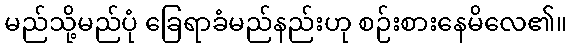
မည်သို့မည်ပုံ ခြေရာခံမည်နည်းဟု စဉ်းစားနေမိလေ၏။